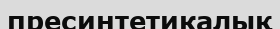
пресинтетикалық